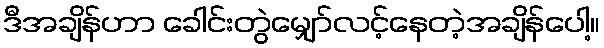
ဒီအချိန်ဟာ ခေါင်းတွဲမျှော်လင့်နေတဲ့အချိန်ပေါ့။